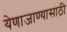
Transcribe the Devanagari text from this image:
येणाजाण्यासाठी